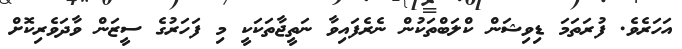
އަހަރެވެ. ފުރަަތަމަ ޑިވިޝަން ކްލަބްތަކުން ނެރެފައިވާ ނަތީޖާތަކަކީ މި ފަހަރުގެ ސީޒަން ވާދަވެރިކޮށް